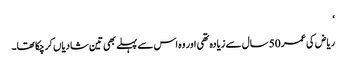
‘
ریاض کی عمر 50 سال سے زیادہ تھی اور وہ اس سے پہلے بھی تین شادیاں کرچکا تھا۔